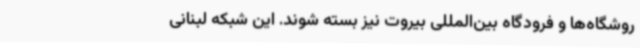
روشگاه‌ها و فرودگاه بین‌المللی بیروت نیز بسته شوند. این شبکه لبنانی